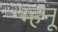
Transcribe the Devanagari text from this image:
म्हनू